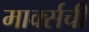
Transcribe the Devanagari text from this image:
मार्क्‍सची